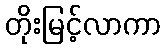
တိုးမြင့်လာကာ